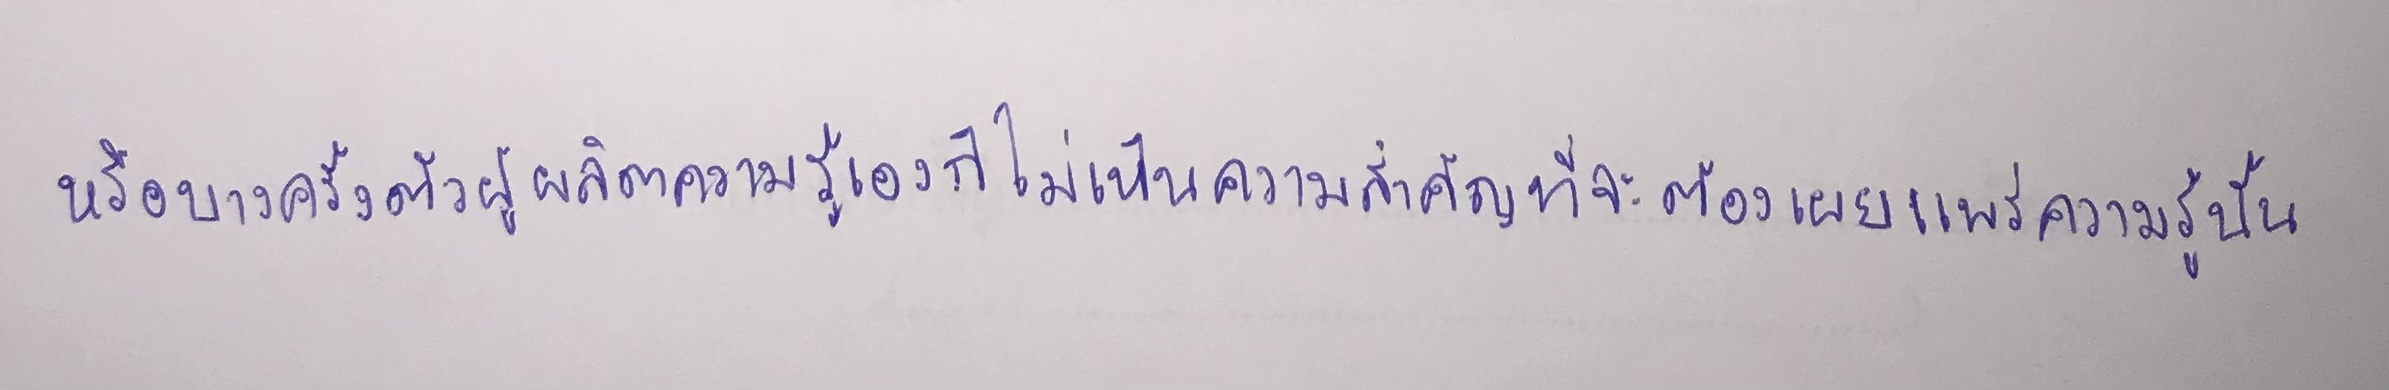
หรือบางครั้งตัวผู้ผลิตความรู้เองก็ไม่เห็นความสำคัญที่จะต้องเผยแพร่ความรู้นั้น